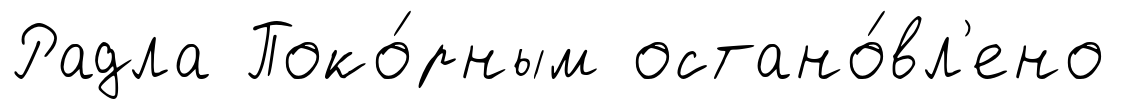
Радла Поко́рным остано́вл'ено